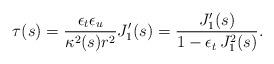
LaTeX: \begin{align*}\tau(s) = \frac{\epsilon_t\epsilon_u}{\kappa^2(s)r^2}J_1'(s) =\frac{J_1'(s)}{1-\epsilon_t\,J_1^2(s)}.\end{align*}